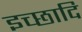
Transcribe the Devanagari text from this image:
इच्छादि